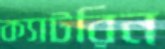
ক্যাটরিন